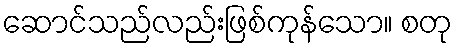
ဆောင်သည်လည်းဖြစ်ကုန်သော။ စတု